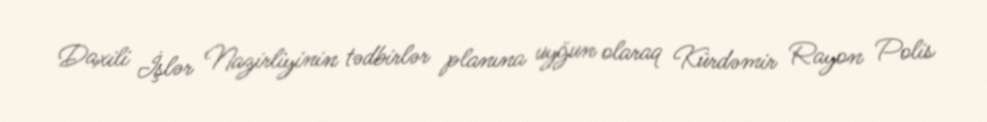
Daxili İşlər Nazirliyinin tədbirlər planına uyğun olaraq Kürdəmir Rayon Polis